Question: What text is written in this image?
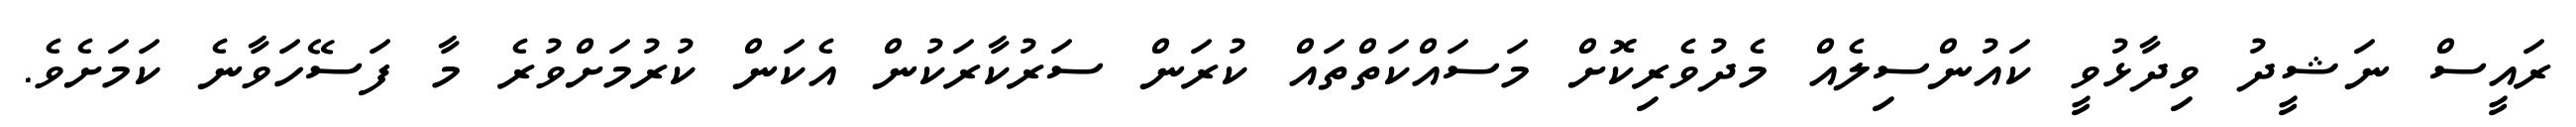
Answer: ރައީސް ނަޝީދު ވިދާޅުވީ ކައުންސިލެއް މެދުވެރިކޮށް މަސައްކަތްތައް ކުރަން ސަރުކާރަކުން އެކަން ކުރުމަށްވުރެ މާ ފަސޭހަވާނެ ކަމަށެވެ.